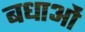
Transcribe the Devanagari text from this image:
बधाओं